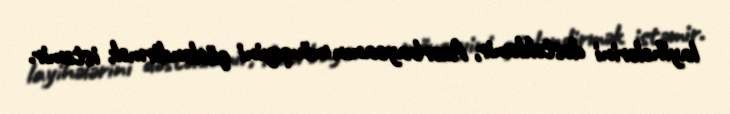
layihələrini dəstəkləmir, Azərbaycanın mövqeyini gücləndirmək istəmir.